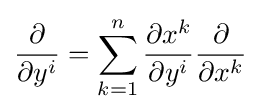
{\frac {\partial }{\partial y^{i}}}=\sum _{k=1}^{n}{\frac {\partial x^{k}}{\partial y^{i}}}{\frac {\partial }{\partial x^{k}}}